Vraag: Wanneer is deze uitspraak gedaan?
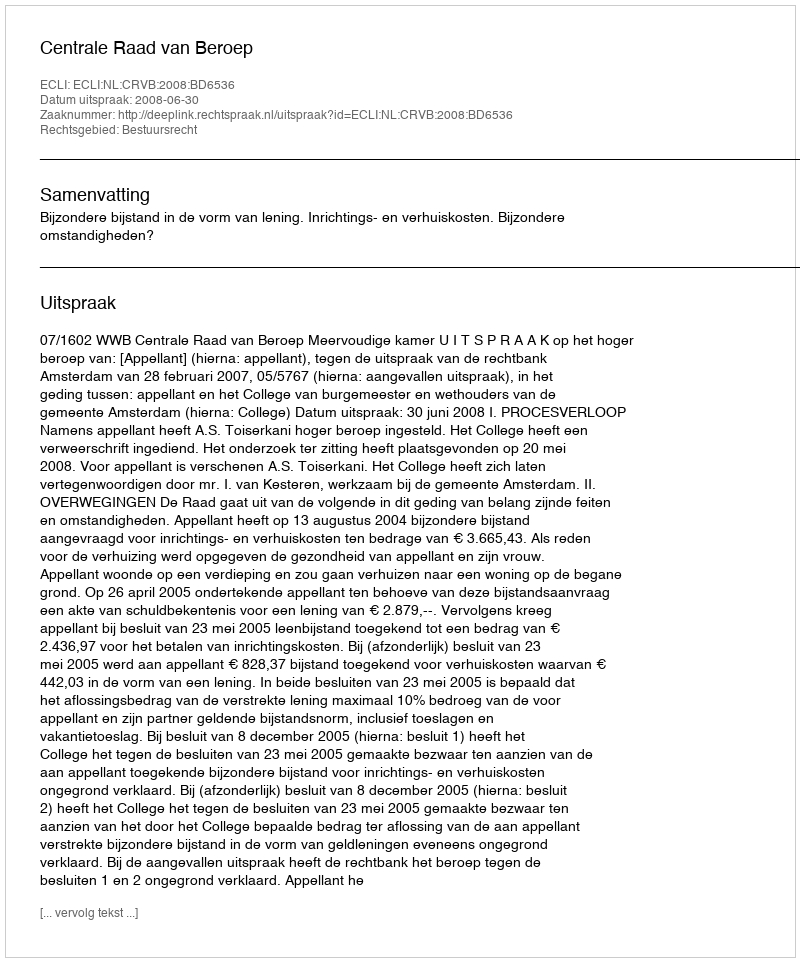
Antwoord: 2008-06-30